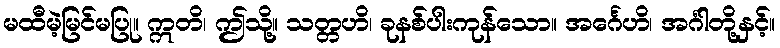
မထီမဲ့မြင်မပြု။ ဣတိ၊ ဤသို့။ သတ္တဟိ၊ ခုနစ်ပါးကုန်သော။ အင်္ဂေဟိ၊ အင်္ဂါတို့နှင့်။